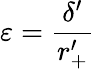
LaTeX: \varepsilon=\frac{\delta^{\prime}}{r_{+}^{\prime}}